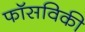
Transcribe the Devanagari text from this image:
फॉसविकी